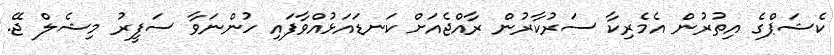
ކެޝަޕްގެ އިތުރުން އެމެރިކާ ސަރުކާރުން ރާއްޖެއަށް ކަނޑައަޅުއްވާފައި ހުންނަވާ ސަފީރު މިޝެލް ޖޭ.